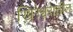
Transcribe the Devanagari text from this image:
खिरेश्वरातील